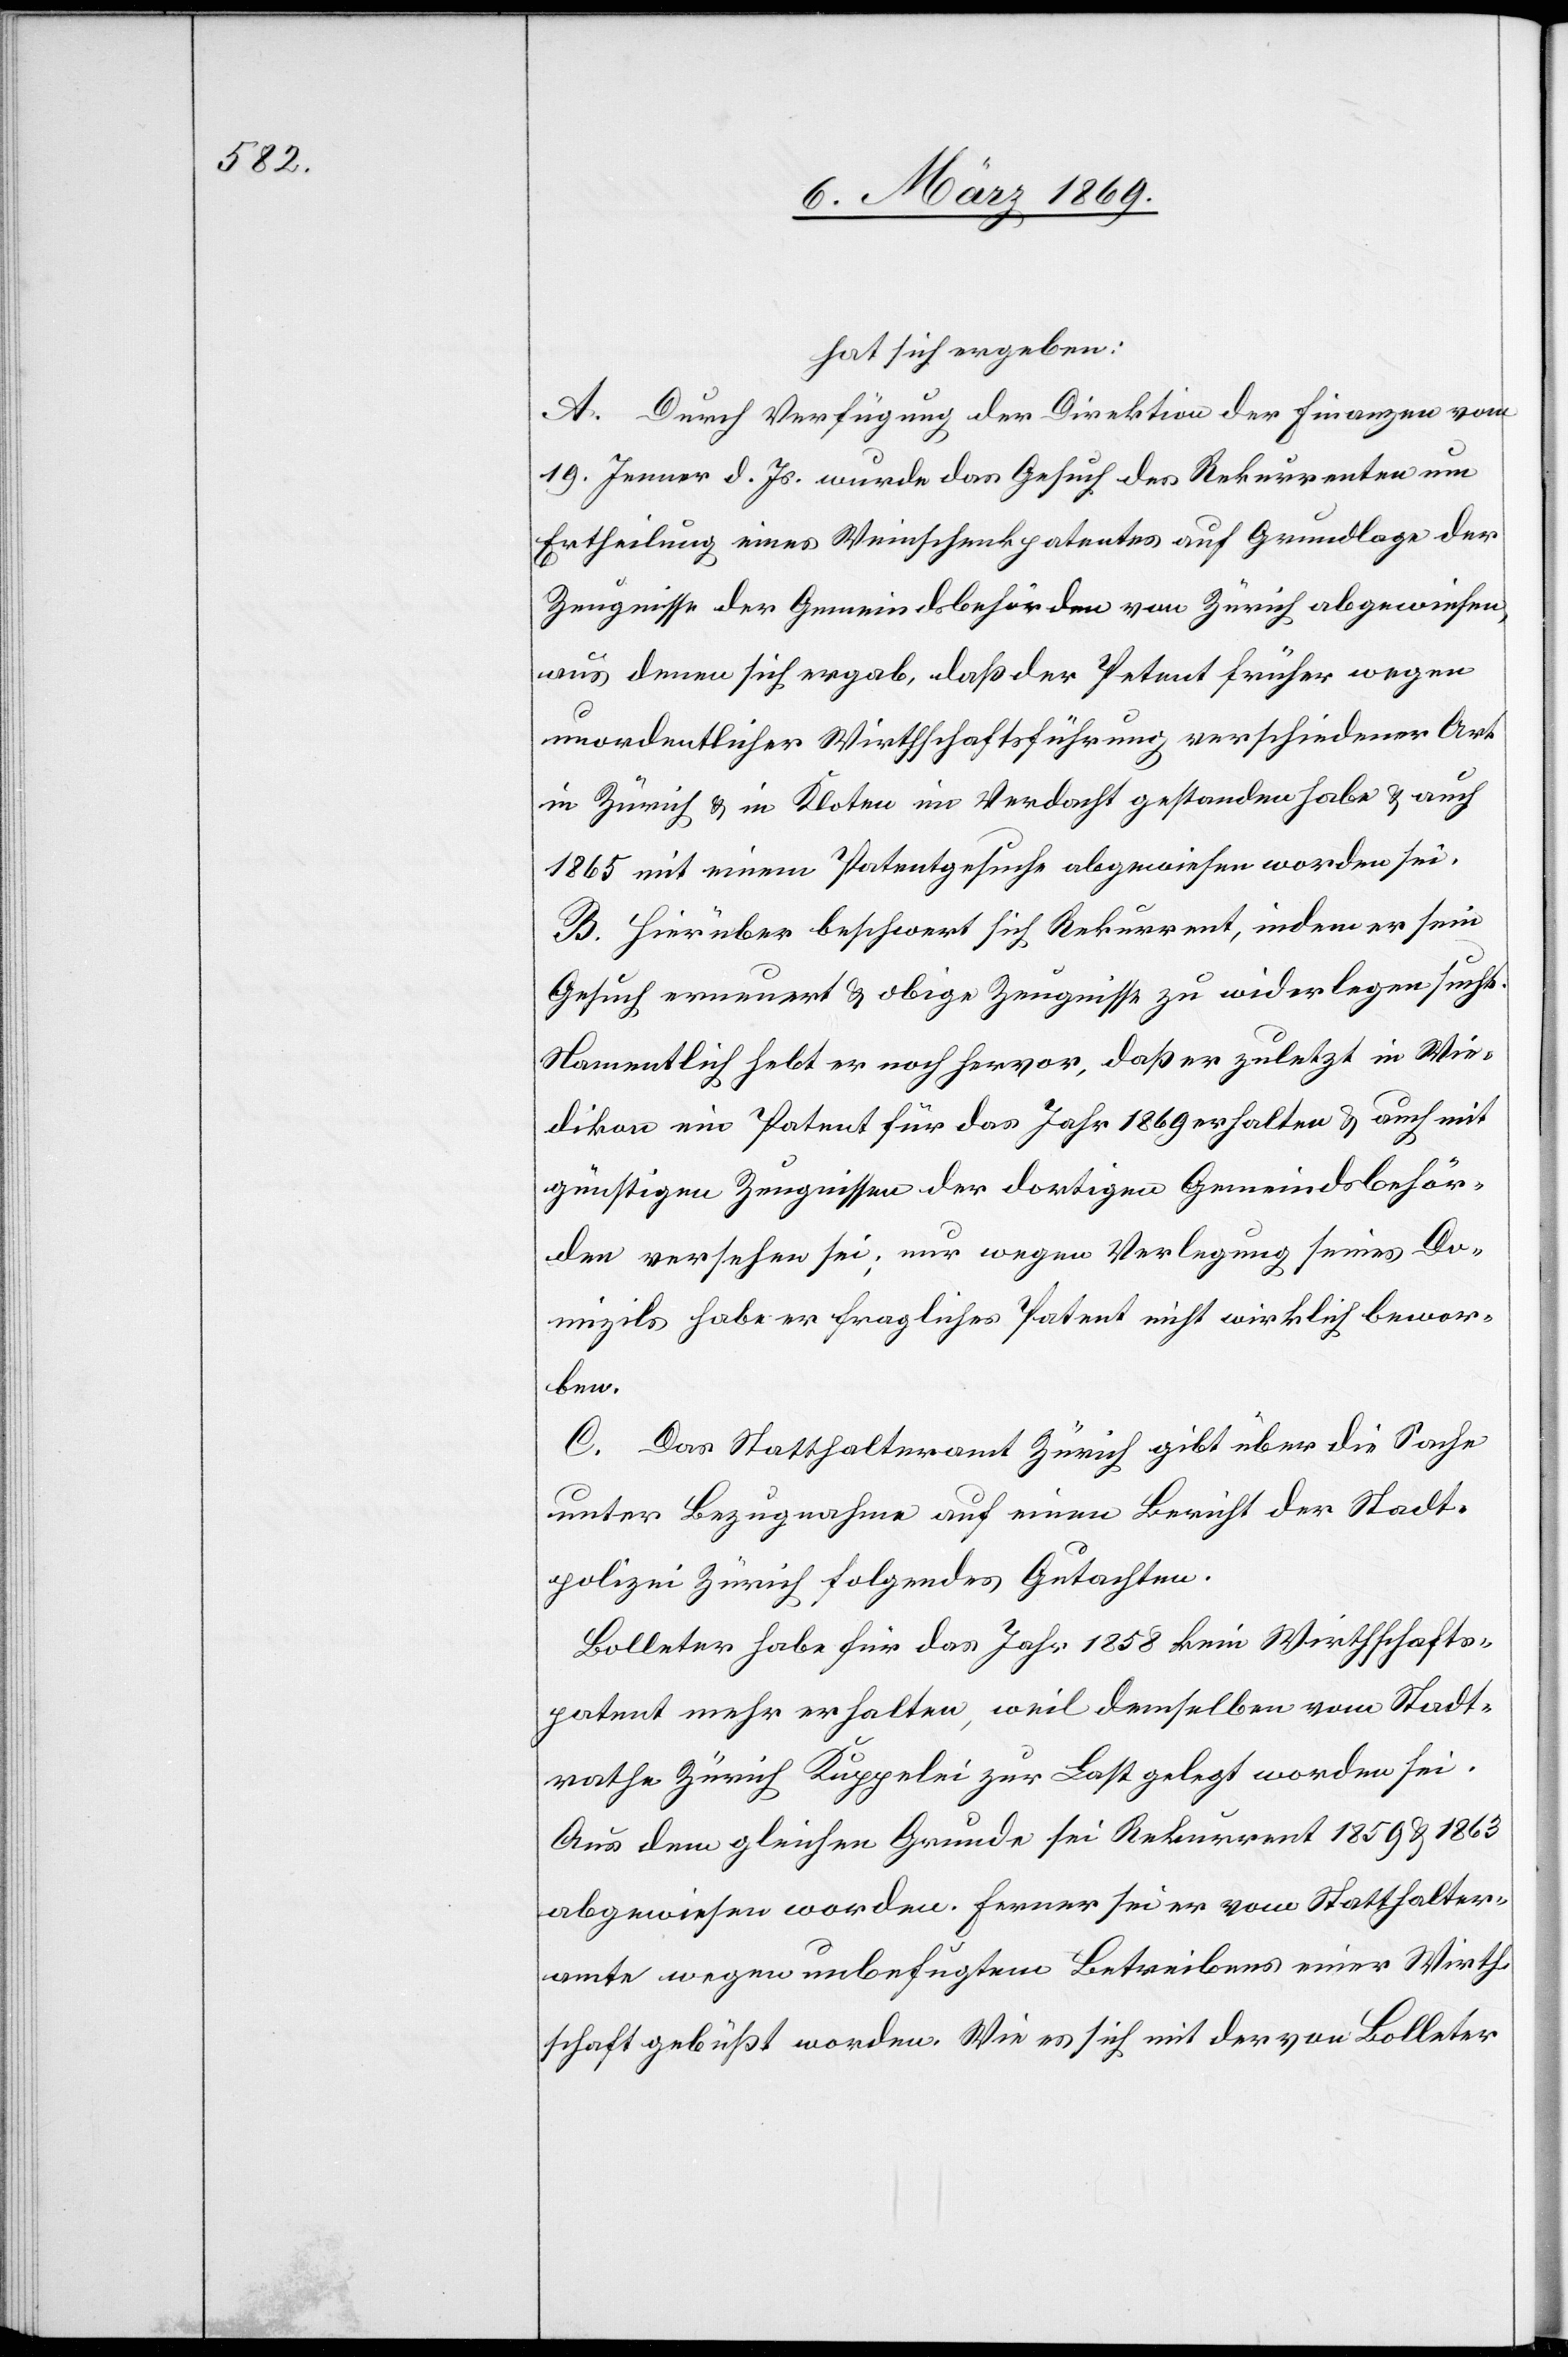
hat sich ergeben:
A. Durch Verfügung der Direktion der Finanzen vom
19. Jenner d. Js. wurde das Gesuch des Rekurrenten um
Ertheilung eines Weinschenkpatentes auf Grundlage der
Zeugnisse der Gemeindsbehörden von Zürich abgewiesen,
aus denen sich ergab, daß der Petent früher wegen
unordentlicher Wirthschaftsführung verschiedener Art
in Zürich & in Kloten im Verdacht gestanden habe & auch
1865 mit einem Patentgesuche abgewiesen worden sei.
B. Hierüber beschwert sich Rekurrent, indem er sein
Gesuch erneuert & obige Zeugnisse zu widerlegen sucht.
Namentlich hebt er noch hervor, daß er zuletzt in Wie¬
dikon ein Patent für das Jahr 1869 erhalten & auch mit
günstigen Zeugnissen der dortigen Gemeindsbehör¬
den versehen sei; nur wegen Verlegung seines Do¬
mizils habe er fragliches Patent nicht wirklich bewor¬
ben.
C. Das Statthalteramt Zürich gibt über die Sache
unter Bezugnahme auf einen Bericht der Stadt¬
polizei Zürich folgendes Gutachten.
Bolleter habe für das Jahr 1858 kein Wirthschafts¬
patent mehr erhalten, weil demselben vom Stadt¬
rathe Zürich Kuppelei zur Last gelegt worden sei.
Aus dem gleichen Grunde sei Rekurrent 1859 & 1863
abgewiesen worden. Ferner sei er vom Statthalter¬
amte wegen unbefugtem Betreibens einer Wirth¬
schaft gebüßt worden. Wie es sich mit der von Bolleter